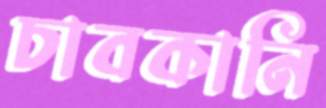
চাবকানি